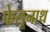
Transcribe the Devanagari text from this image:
फेलूनाथ